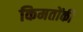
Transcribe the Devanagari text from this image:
किमतोंकी